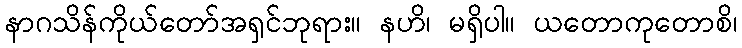
နာဂသိန်ကိုယ်တော်အရှင်ဘုရား။ နဟိ၊ မရှိပါ။ ယတောကုတောစိ၊